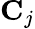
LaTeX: \mathbf{C}_{j}